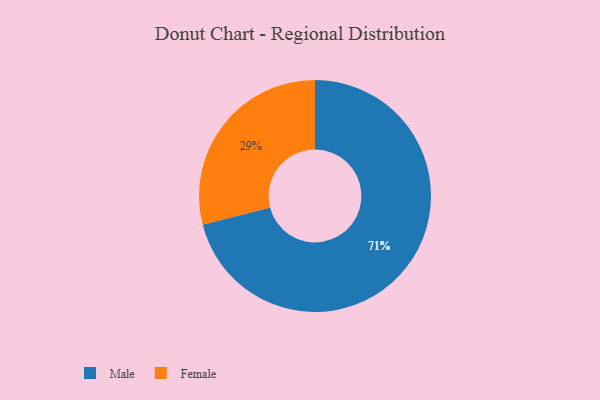
{"axis": {"x": "Category", "y": "Percentage"}, "legend": ["Female", "Male"], "data": [{"x": "Female", "y": 29, "type": "Female"}, {"x": "Male", "y": 71, "type": "Male"}]}